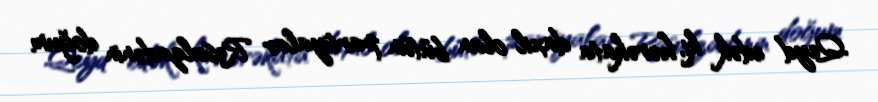
Qeyd edək ki, hərəkata daxil olan bütün partiyalar Rəsulzadənin doğum